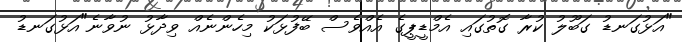
"އަޅުގަނޑު ގަބޫލު ކުރާ ގޮތުގައި އެމްޑީޕީގެ އެއްވެސް ބޭފުޅަކު މިހެންނެއް ވިދާޅު ނުވާނެ"އަޅުގަނޑު